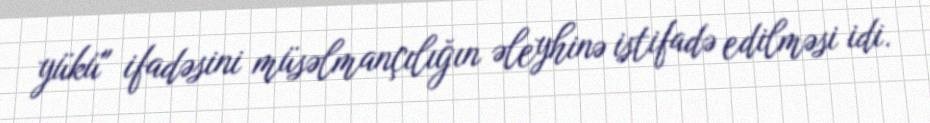
yükü" ifadəsini müsəlmançılığın əleyhinə istifadə edilməsi idi.